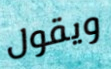
ويقول